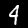
Label: 4